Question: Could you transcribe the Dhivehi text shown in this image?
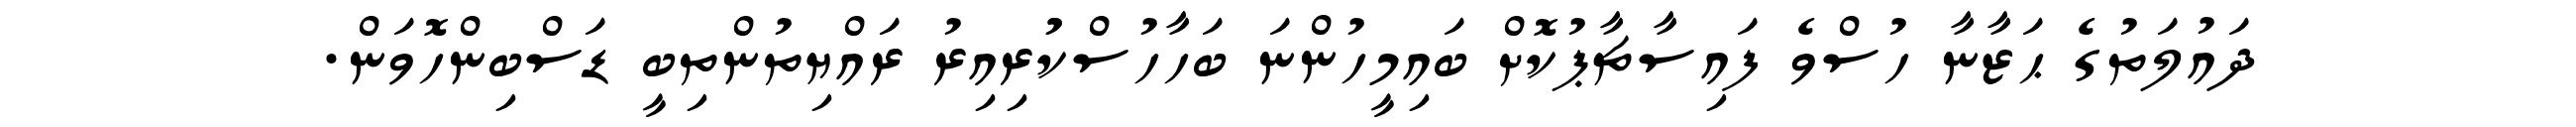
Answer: ދައުލަތުގެ ޙަޒާނާ ހުސްވެ ފައިސާޗާޕުކޮށް ބައިމީހުންނަ ބަހާހުސްކުުރިއިރު ރައްޔިތުންތިބީ ޑަސްބިންހޮވަން.